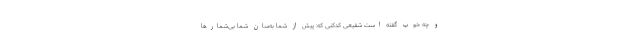
و چه خوب گفته است شفیعی کدکنی که: پیش از شما به‌سان شما بی‌شمارها